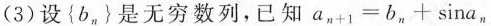
(3) 设{b_{n}}是无穷数列，已知$$a_{n+1}=b_{n}+sina_{n}$$